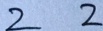
2 2